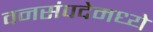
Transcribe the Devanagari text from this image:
वनसंपदेमध्ये